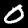
Label: 0